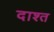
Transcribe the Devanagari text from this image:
दाश्त